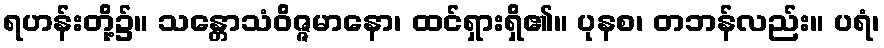
ရဟန်းတို့၌။ သန္တောသံဝိဇ္ဇမာနော၊ ထင်ရှားရှိ၏။ ပုနစ၊ တဘန်လည်း။ ပရံ၊